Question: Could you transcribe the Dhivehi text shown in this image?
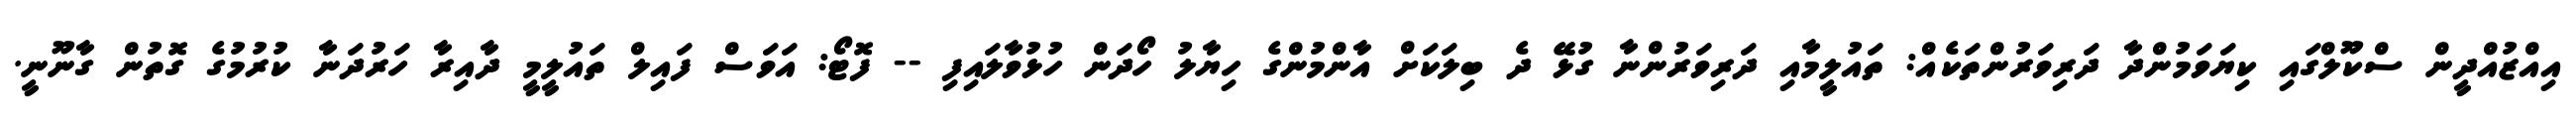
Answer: އިއްޒުއްދީން ސްކޫލްގައި ކިޔަވަމުންދާ ދަރިވަރުންތަކެއް: ތައުލީމާއި ދަރިވަރުންނާ ގުޅޭ ދެ ބިލަކަށް އާންމުންގެ ހިޔާލު ހޯދަން ހުޅުވާލައިފި -- ފޮޓޯ: އަވަސް ފައިލް ތައުލީމީ ދާއިރާ ހަރުދަނާ ކުރުމުގެ ގޮތުން ގާނޫނީ.